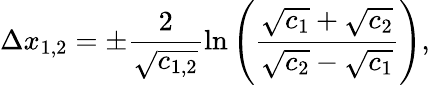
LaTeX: \Delta x_{1,2}=\pm\frac{2}{\sqrt{c_{1,2}}}\ln\Bigg(\frac{\sqrt{c_{1}}+\sqrt{c_{2}}}{\sqrt{c_{2}}-\sqrt{c_{1}}}\Bigg),